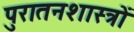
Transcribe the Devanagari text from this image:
पुरातनशास्त्रों